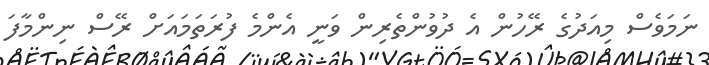
ނަމަވެސް މިއަދުގެ ރޭހުން އެ ދުވުންތެރިން ވަނީ އެންމެ ފުރަތަމައަށް ރޭސް ނިންމާފަ